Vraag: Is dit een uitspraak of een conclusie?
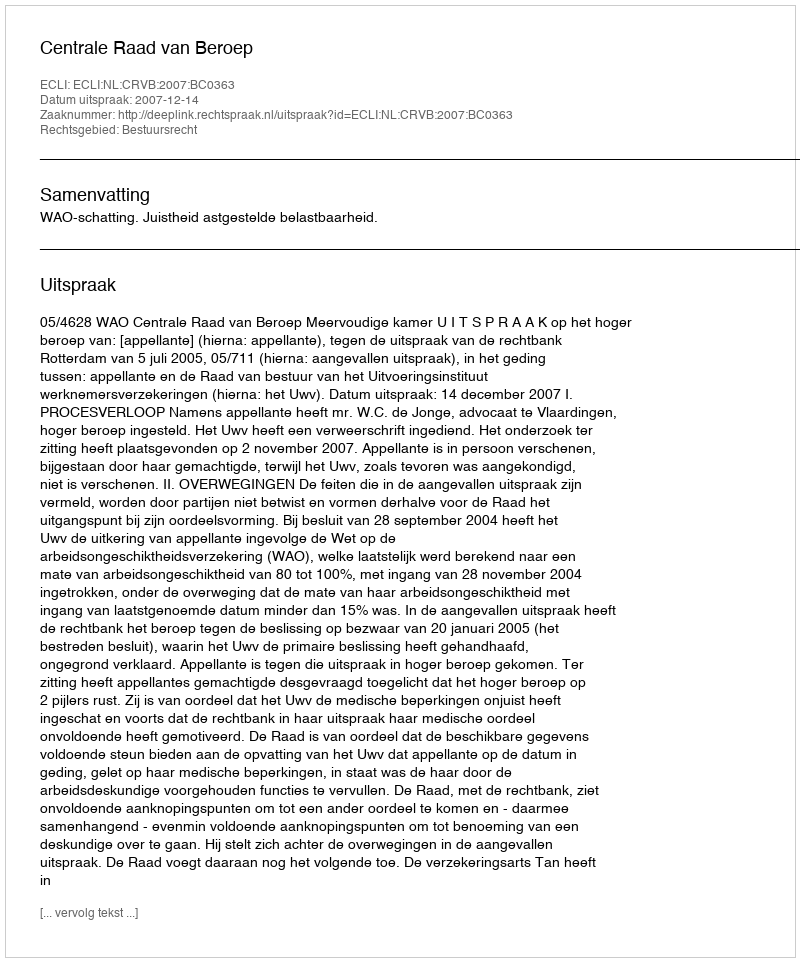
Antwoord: Uitspraak